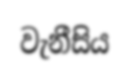
වැනීසිය